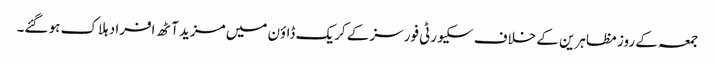
جمعہ کے روز مظاہرین کے خلاف سکیورٹی فورسز کے کریک ڈاؤن میں مزید آٹھ افراد ہلاک ہو گئے۔